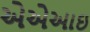
એએઆઇ